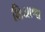
શિયાળા